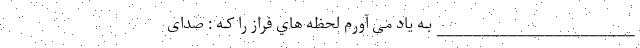
______________________ بـه یاد می آورم لحظه هاي‌ فراز را کـه : صدای